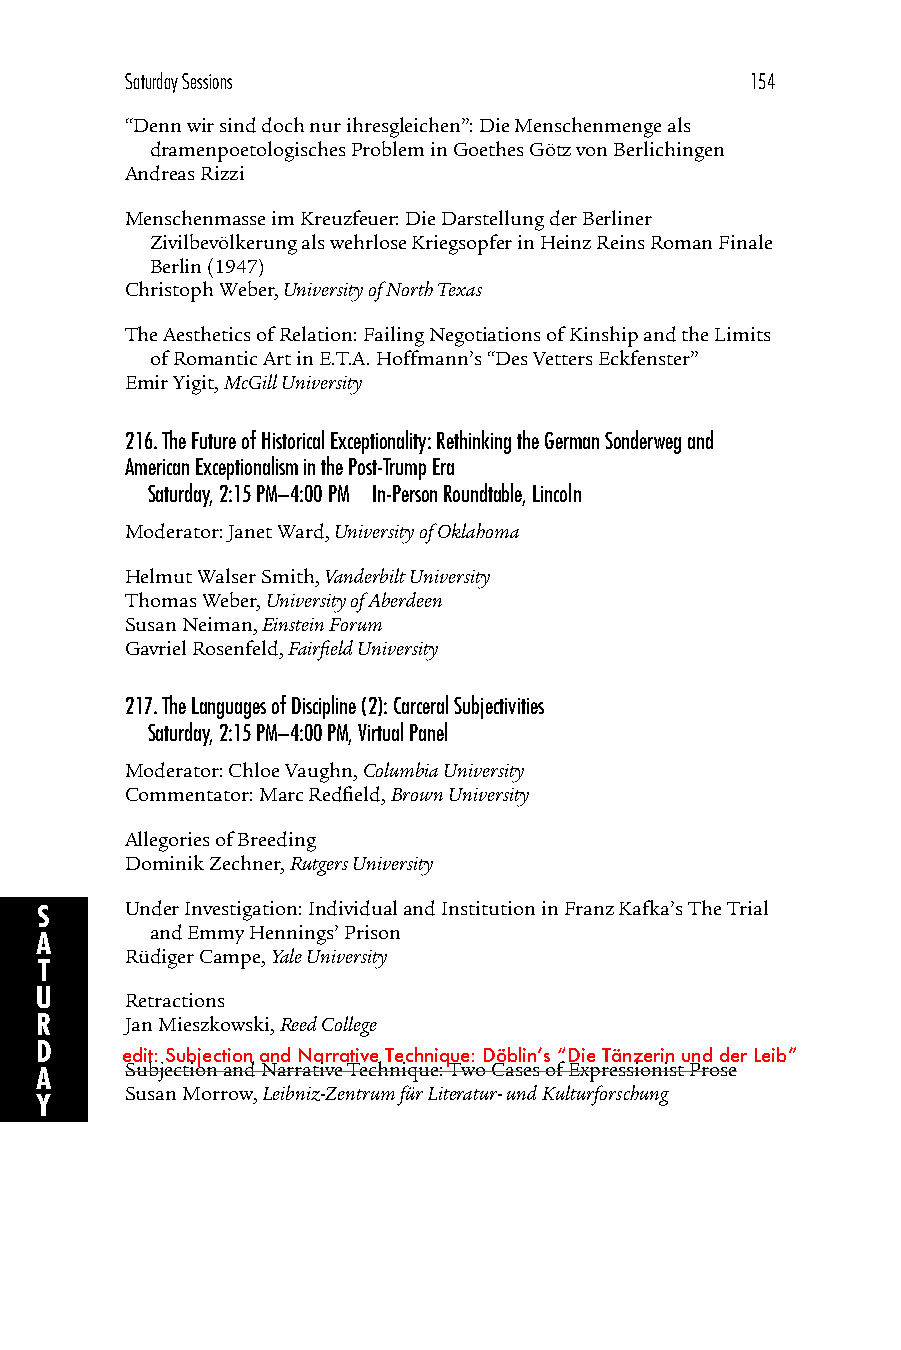
Saturday Sessions                         154
 “Denn wir sind doch nur ihresgleichen”: Die Menschenmenge als
 dramenpoetologisches Problem in Goethes Götz von Berlichingen
 Andreas Rizzi
 Menschenmasse im Kreuzfeuer: Die Darstellung der Berliner
 Zivilbevölkerung als wehrlose Kriegsopfer in Heinz Reins Roman Finale
 Berlin (1947)
 Christoph Weber, University of North Texas
 The Aesthetics of Relation: Failing Negotiations of Kinship and the Limits
 of Romantic Art in E.T.A. Hoffmann’s “Des Vetters Eckfenster”
 Emir Yigit, McGill University
 216.The Future of Historical Exceptionality: Rethinking the German Sonderweg and
 American Exceptionalism in the Post-Trump Era
 Saturday, 2:15 PM–4:00 PM In-Person Roundtable, Lincoln
 Moderator: Janet Ward, University of Oklahoma
 Helmut Walser Smith, Vanderbilt University
 Thomas Weber, University of Aberdeen
 Susan Neiman, Einstein Forum
 Gavriel Rosenfeld, Fairfield University
 217.The Languages of Discipline (2): Carceral Subjectivities
 Saturday, 2:15 PM–4:00 PM, Virtual Panel
 Moderator: Chloe Vaughn, Columbia University
 Commentator: Marc Redfield, Brown University
 Allegories of Breeding
 Dominik Zechner, Rutgers University
 S     Under Investigation: Individual and Institution in Franz Kafka’s The Trial
 and Emmy Hennings’ Prison
 A
 Rüdiger Campe, Yale University
 T
 U     Retractions
 R     Jan Mieszkowski, Reed College
 D
 edit: Subjection and Narrative Technique: Döblinʼs “Die Tänzerin und der Leib”
 Subjection and Narrative Technique: Two Cases of Expressionist Prose
 A
 Susan Morrow, Leibniz-Zentrum für Literatur- und Kulturforschung
 Y